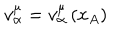
v _ { \alpha } ^ { \mu } = v _ { \alpha } ^ { \mu } \left( x _ { A } \right)